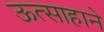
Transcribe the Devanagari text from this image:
ऊत्साहाने